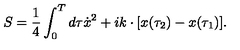
S = { \frac { 1 } { 4 } } \int _ { 0 } ^ { T } d \tau \dot { x } ^ { 2 } + i k \cdot [ x ( \tau _ { 2 } ) - x ( \tau _ { 1 } ) ] .